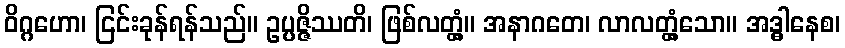
ဝိဂ္ဂဟော၊ ငြင်းခုန်ရန်သည်။ ဥပ္ပဇ္ဇိဿတိ၊ ဖြစ်လတ္တံ့။ အနာဂတေ၊ လာလတ္တံ့သော။ အဒ္ဓါနေစ၊